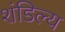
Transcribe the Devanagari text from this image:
शंडिल्य